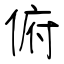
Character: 俯